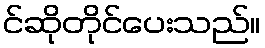
င်ဆိုတိုင်ပေးသည်။